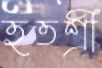
হতশ্রী